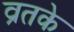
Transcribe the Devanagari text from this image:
व्रतके